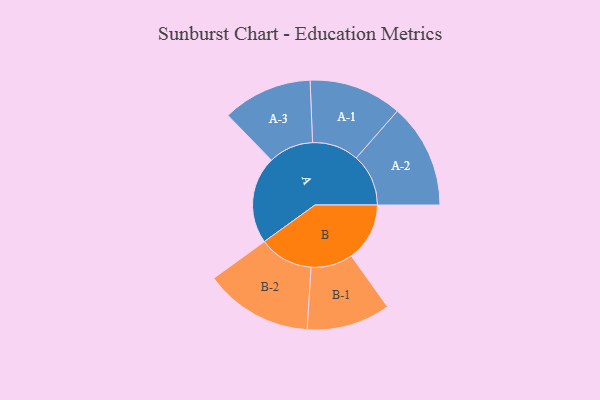
{"axis": {"x": "Segment", "y": "Value"}, "legend": ["", "A", "B"], "data": [{"x": "A", "y": 370, "type": ""}, {"x": "B", "y": 247, "type": ""}, {"x": "A-1", "y": 197, "type": "A"}, {"x": "A-2", "y": 221, "type": "A"}, {"x": "A-3", "y": 190, "type": "A"}, {"x": "B-1", "y": 177, "type": "B"}, {"x": "B-2", "y": 229, "type": "B"}]}